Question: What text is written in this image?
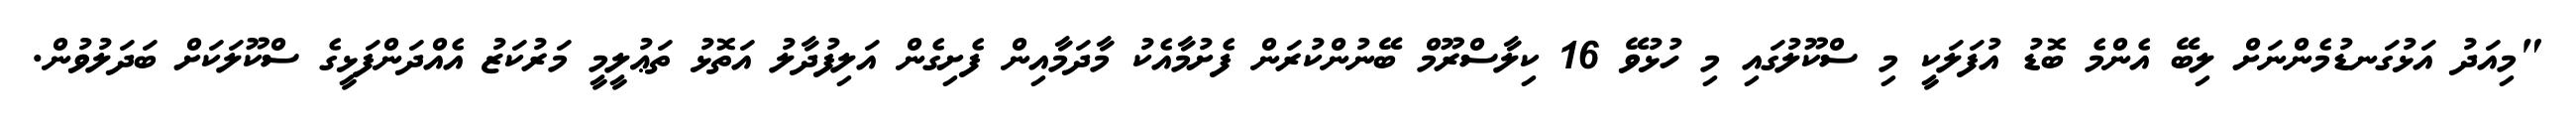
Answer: "މިއަދު އަޅުގަނޑުމެންނަށް ލިބޭ އެންމެ ބޮޑު އުފަލަކީ މި ސްކޫލުގައި މި ހުޅުވޭ 16 ކިލާސްރޫމް ބޭނުންކުރަން ފެށުމާއެކު މާދަމާއިން ފެށިގެން އަލިފުދާލު އަތޮޅު ތަޢުލީމީ މަރުކަޒު އެއްދަންފަޅީގެ ސްކޫލަކަށް ބަދަލުވުން.